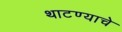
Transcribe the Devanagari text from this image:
थाटण्याचे